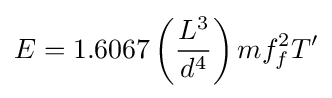
E=1.6067\left({\frac {L^{3}}{d^{4}}}\right)mf_{f}^{2}T'